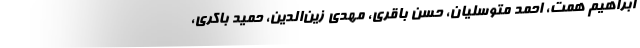
ابراهیم همت، احمد متوسلیان، حسن باقری، مهدی زین‌الدین، حمید باکری،